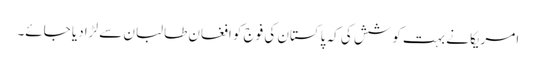
امریکا نے بہت کوشش کی کہ پاکستان کی فوج کو افغان طالبان سے لڑا دیا جائے۔